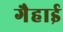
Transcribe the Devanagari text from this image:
गैहाई